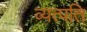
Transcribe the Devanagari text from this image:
व्यत्पति